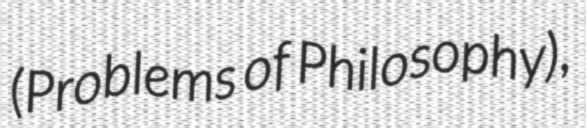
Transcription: (Problems of Philosophy),